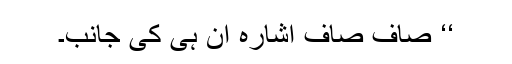
‘‘ صاف صاف اشارہ ان ہی کی جانب۔